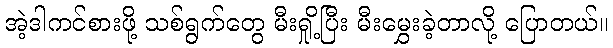
အဲ့ဒါကင်စားဖို့ သစ်ရွက်တွေ မီးရှို့ပြီး မီးမွှေးခဲ့တာလို့ ပြောတယ်။